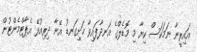
އައިރީނާ ނަމަކަސް ކިޔާ މި މޮޑެލްގެ އަނދާފައިވާ ހަށިގަނޑު އޭނާ ދިރިއުޅޭ އެޕާޓްމެންޓުން